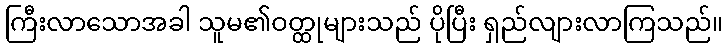
ကြီးလာသောအခါ သူမ၏ဝတ္ထုများသည် ပိုပြီး ရှည်လျားလာကြသည်။